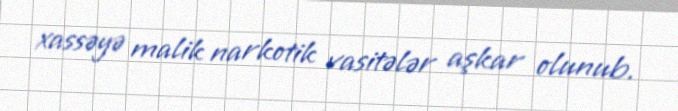
xassəyə malik narkotik vasitələr aşkar olunub.